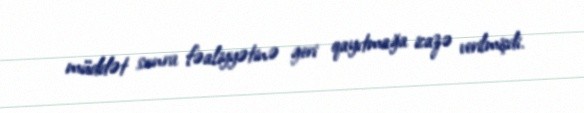
müddət sonra fəaliyyətinə geri qayıtmağa icazə verilmişdi.